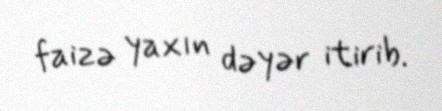
faizə yaxın dəyər itirib.